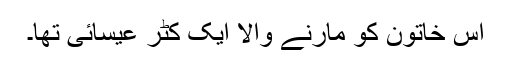
اس خاتون کو مارنے والا ایک کٹر عیسائی تھا۔